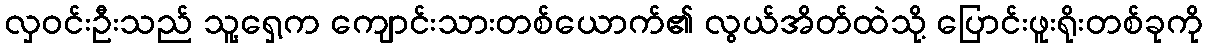
လှဝင်းဦးသည် သူ့ရှေ့က ကျောင်းသားတစ်ယောက်၏ လွယ်အိတ်ထဲသို့ ပြောင်းဖူးရိုးတစ်ခုကို